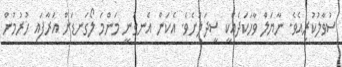
ސުވާލުކުރިއެވެ. ނާޔަލް ވާހަކަދެއްކީ ސީދަލަށެވެ. އެކަން އެނގުނީ މަންމަ ލޯގަނޑަށް އަރާފައި ހުރުމުން